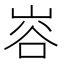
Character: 𭖦